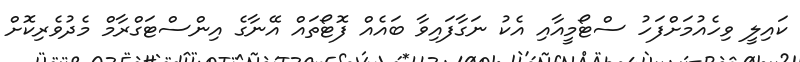
ކައިލީ ވިހެއުމަށްފަހު ސްޓޯމީއާއި އެކު ނަގާފައިވާ ބައެއް ފޮޓޯތައް އޭނާގެ އިންސްޓަގްރާމް މެދުވެރިކޮށް